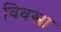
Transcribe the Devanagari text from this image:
विवस्त्रा